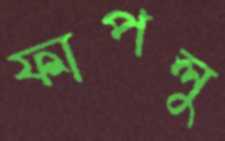
ফাপলু